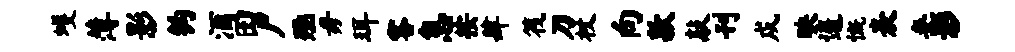
蠖薄影钩酒田尸殛毋珥客息按肆筏刀杖向款敲刊戍映遥慨表妾影